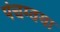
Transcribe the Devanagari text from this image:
पंचग्वया